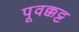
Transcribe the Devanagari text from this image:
पूवक्कट्ट